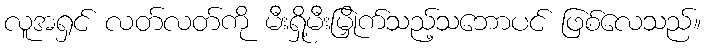
လူအရှင် လတ်လတ်ကို မီးရှို့မီးမြှိုက်သည့်သဘောပင် ဖြစ်လေသည်။